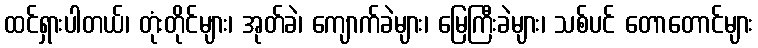
ထင်ရှားပါတယ်၊ တုံးတိုင်များ၊ အုတ်ခဲ၊ ကျောက်ခဲများ၊ မြေကြီးခဲများ၊ သစ်ပင် တောတောင်များ